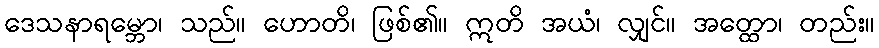
ဒေသနာရမ္ဘော၊ သည်။ ဟောတိ၊ ဖြစ်၏။ ဣတိ အယံ၊ လျှင်။ အတ္ထော၊ တည်း။